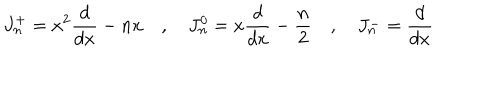
LaTeX: J _ { n } ^ { + } = x ^ { 2 } { \frac { d } { d x } } - n x \quad , \quad J _ { n } ^ { 0 } = x { \frac { d } { d x } } - { \frac { n } { 2 } } \quad , \quad J _ { n } ^ { - } = { \frac { d } { d x } }